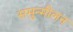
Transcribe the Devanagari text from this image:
समुन्मीलन